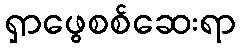
ရှာဖွေစစ်ဆေးရာ